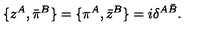
\{ z ^ { A } , \bar { \pi } ^ { B } \} = \{ \pi ^ { A } , \bar { z } ^ { B } \} = i \delta ^ { A \bar { B } } .